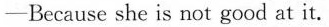
-Because she is not good at it.